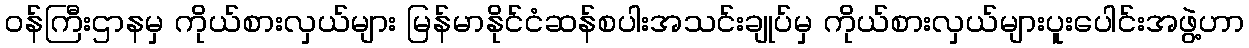
ဝန်ကြီးဌာနမှ ကိုယ်စားလှယ်များ မြန်မာနိုင်ငံဆန်စပါးအသင်းချုပ်မှ ကိုယ်စားလှယ်များပူးပေါင်းအဖွဲ့ဟာ